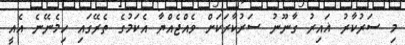
މި ސަރުކާރު ޣައިރު ގާނޫނު ސަރުކާރަކަށް ވެއްޖެއްޔާ އެކަމުގެ ތެރޭގައި ހިމެނޭނެ އެއީ